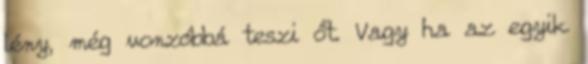
lény, még vonzóbbá teszi őt. Vagy ha az egyik